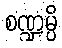
စဏ္ဍမ္ပိ